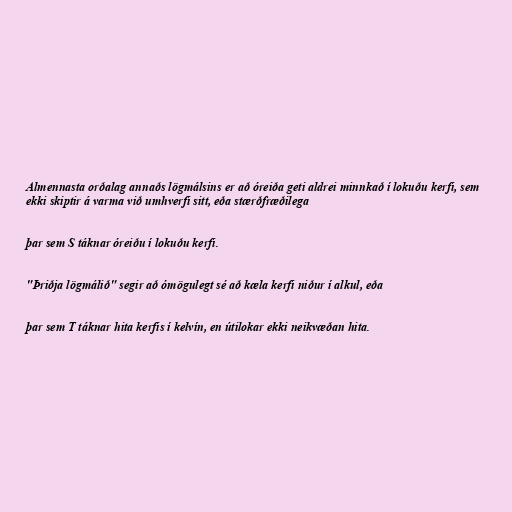
Almennasta orðalag annaðs lögmálsins er að óreiða geti aldrei minnkað í lokuðu kerfi, sem
ekki skiptir á varma við umhverfi sitt, eða stærðfræðilega

þar sem S táknar óreiðu í lokuðu kerfi.

"Þriðja lögmálið" segir að ómögulegt sé að kæla kerfi niður í alkul, eða

þar sem T táknar hita kerfis í kelvín, en útilokar ekki neikvæðan hita.